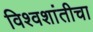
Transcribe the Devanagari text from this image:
विश्वशांतीचा